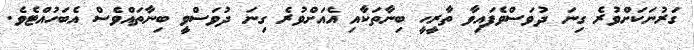
ގަރުނަކަށްވުރެ ގިނަ ދުވަސްވެފައިވާ ތާރީހީ ބިނާތަކާއި އެއަށްވުރެ ގިނަ ދުވަސްވީ ބިނާތައްވެސް އެބަހުއްޓެވެ.